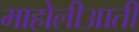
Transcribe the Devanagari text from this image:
माहोलीआती